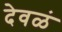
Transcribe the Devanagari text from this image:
देवळं